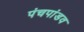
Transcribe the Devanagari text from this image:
पंचपांडव